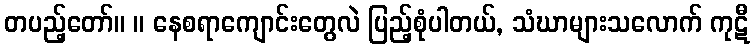
တပည့်တော်။ ။ နေစရာကျောင်းတွေလဲ ပြည့်စုံပါတယ်, သံဃာများသလောက် ကုဋီ